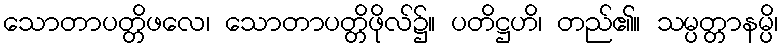
သောတာပတ္တိဖလေ၊ သောတာပတ္တိဖိုလ်၌။ ပတိဋ္ဌဟိ၊ တည်၏။ သမ္ပတ္တာနမ္ပိ၊